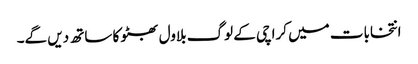
انتخابات میں کراچی کے لوگ بلاول بھٹو کا ساتھ دیں گے۔